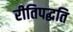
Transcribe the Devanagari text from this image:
रीतिपद्धति